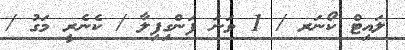
ލައިޓް ކޯނަރ / 1 ވަނަ ފަންގިފިލާ / ކެނެރީ މަގު /